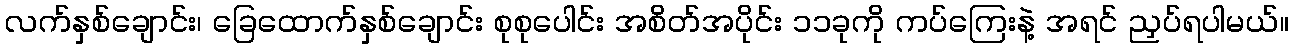
လက်နှစ်ချောင်း၊ ခြေထောက်နှစ်ချောင်း စုစုပေါင်း အစိတ်အပိုင်း ၁၁ခုကို ကပ်ကြေးနဲ့ အရင် ညှပ်ရပါမယ်။